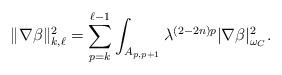
LaTeX: \begin{align*}\|\nabla\beta\|_{k,\ell}^2 = \sum_{p=k}^{\ell-1} \int_{A_{p,p+1}}\lambda^{(2-2n)p} |\nabla\beta|_{\omega_C}^2.\end{align*}